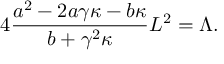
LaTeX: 4 \frac { a ^ { 2 } - 2 a \gamma \kappa - b \kappa } { b + \gamma ^ { 2 } \kappa } L ^ { 2 } = \Lambda .